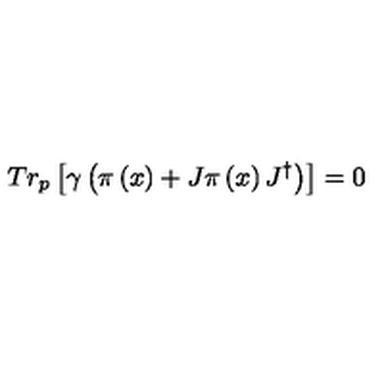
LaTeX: T r _ { p } \left[ \gamma \left( \pi \left( x \right) + J \pi \left( x \right) J ^ { \dagger } \right) \right] = 0